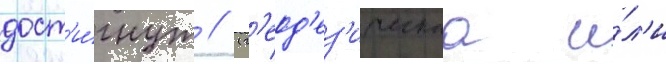
дост'и́гнут // (г'еод'ез'ическаа и́л'и